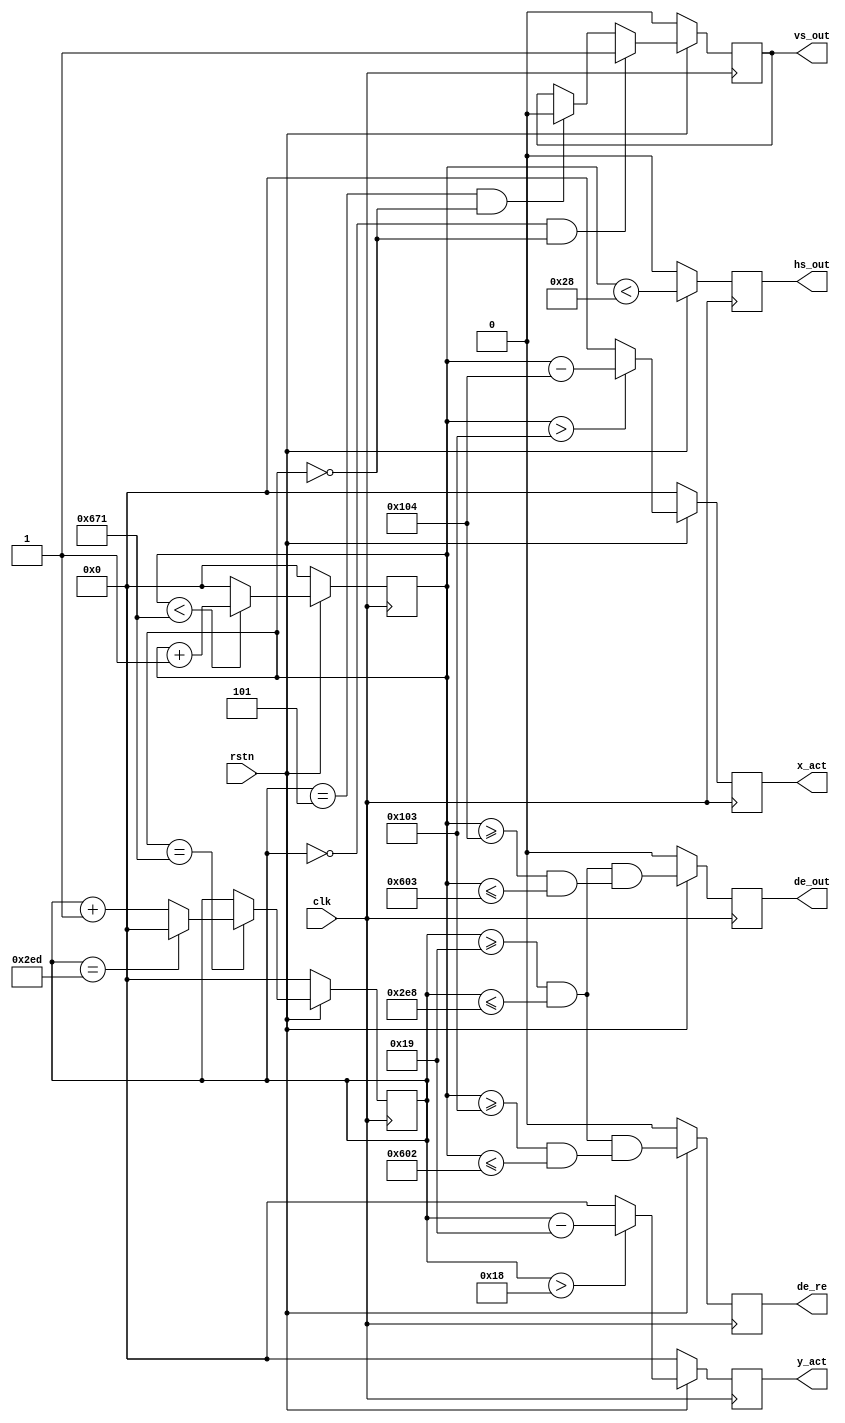
`timescale 1ns / 1ps
//////////////////////////////////////////////////////////////////////////////////
// Company: Myminieye
// 
// Design Name:  
// Module Name:    sync_vg
// QQ Group   :    808770961
// Project Name: 
// Target Devices: Gowin
// Tool Versions: 
// Description: 
// 
// Dependencies: 
//    VS     ______                                       ______
//HS  __    |      |___________________________________|      |
//   |       h_sync  h_bp       h_act                h_fp
//   |__                    _______________________
//DE    |   _______________|                       |_____________
//      |
//      .
//      |
//    __|
//   |  
//   |__ 
//      |
// Revision: v1.0
// Revision 0.01 - File Created
// Additional Comments:
// 
//////////////////////////////////////////////////////////////////////////////////
`define UD #1

module sync_vg # (
    parameter X_BITS=12                ,
    parameter Y_BITS=12                ,
 //MODE_1080p
    parameter V_TOTAL = 12'd750       ,
    parameter V_FP = 12'd5             ,
    parameter V_BP = 12'd20            ,
    parameter V_SYNC = 12'd5           ,
    parameter V_ACT = 12'd720         ,
    parameter H_TOTAL = 12'd1650       ,
    parameter H_FP = 12'd110            ,
    parameter H_BP = 12'd220           ,
    parameter H_SYNC = 12'd40          ,
    parameter H_ACT = 12'd1280         ,
    parameter HV_OFFSET = 12'd0 
)(
    input                   clk,
    input                   rstn,
    output reg              vs_out,
    output reg              hs_out,
    output reg              de_out,
    output reg              de_re,
    output reg [X_BITS-1:0] x_act,
    output reg [Y_BITS-1:0] y_act
);

    reg [X_BITS-1:0] h_count;
    reg [Y_BITS-1:0] v_count;
    
    /* horizontal counter */
    always @(posedge clk)
    begin
        if (!rstn)
            h_count <= `UD 0;
        else
        begin
            if (h_count < H_TOTAL - 1)
                h_count <= `UD h_count + 1;
            else
                h_count <= `UD 0;
        end
    end
    
    /* vertical counter */
    always @(posedge clk)
    begin
        if (!rstn)
            v_count <= `UD 0;
        else
        if (h_count == H_TOTAL - 1)
        begin
            if (v_count == V_TOTAL - 1)
                v_count <= `UD 0;
            else
                v_count <= `UD v_count + 1;
        end
    end
    
    always @(posedge clk)
    begin
        if (!rstn)
            hs_out <= `UD 4'b0;
        else 
            hs_out <= `UD ((h_count < H_SYNC));
    end
    
    always @(posedge clk)
    begin
        if (!rstn)
            vs_out <= `UD 4'b0;
        else 
        begin
            if ((v_count == 0) && (h_count == HV_OFFSET))
                vs_out <= `UD 1'b1;
            else if ((v_count == V_SYNC) && (h_count == HV_OFFSET))
                vs_out <= `UD 1'b0;
            else
                vs_out <= `UD vs_out;
        end
    end
//   //MODE_1080p
//    parameter V_TOTAL = 12'd1125       ,
//    parameter V_FP = 12'd4             ,
//    parameter V_BP = 12'd36            ,
//    parameter V_SYNC = 12'd5           ,
//    parameter V_ACT = 12'd1080         ,
//    parameter H_TOTAL = 12'd2200       ,
//    parameter H_FP = 12'd88            ,
//    parameter H_BP = 12'd148           ,
//    parameter H_SYNC = 12'd44          ,
//    parameter H_ACT = 12'd1920         ,
//    parameter HV_OFFSET = 12'd0   
    always @(posedge clk)
    begin
        if (!rstn)
            de_out <= `UD 4'b0;
        else
            de_out <= (((v_count >= V_SYNC + V_BP) && (v_count <= V_TOTAL - V_FP - 1)) && 
                      ((h_count >= H_SYNC + H_BP) && (h_count <= H_TOTAL - H_FP - 1)));
    end
//////MODE_640*480p 
//    parameter V_TOTAL_RE = 12'd525;
//    parameter V_FP_RE = 12'd2;//
//    parameter V_BP_RE = 12'd25;//
//    parameter V_SYNC_RE = 12'd2;//
//    parameter V_ACT_RE = 12'd480;//
//
//    parameter H_TOTAL_RE = 12'd800;
//    parameter H_FP_RE = 12'd8;//
//    parameter H_BP_RE = 12'd40;//
//    parameter H_SYNC_RE = 12'd96;//
//    parameter H_ACT_RE = 12'd640;//
////MODE_1024*768p 
//    parameter V_TOTAL_RE = 12'd806;
//    parameter V_FP_RE = 12'd3;//
//    parameter V_BP_RE = 12'd29;//
//    parameter V_SYNC_RE = 12'd6;//
//    parameter V_ACT_RE = 12'd768;//
//
//    parameter H_TOTAL_RE = 12'd1344;
//    parameter H_FP_RE = 12'd24;//
//    parameter H_BP_RE = 12'd160;//
//    parameter H_SYNC_RE = 12'd136;//
//    parameter H_ACT_RE = 12'd1024;//
  //MODE_720p 
    parameter V_TOTAL_RE = 12'd750;
    parameter V_FP_RE = 12'd5;
    parameter V_BP_RE = 12'd20;
    parameter V_SYNC_RE = 12'd5;
    parameter V_ACT_RE = 12'd720;
    parameter H_TOTAL_RE = 12'd1650;
    parameter H_FP_RE = 12'd110;
    parameter H_BP_RE = 12'd220;
    parameter H_SYNC_RE = 12'd40;//260
    parameter H_ACT_RE = 12'd1280;
    parameter HV_OFFSET_RE = 12'd0;

    always @(posedge clk)
    begin
        if (!rstn)
            de_re <= `UD 4'b0;
        else//192<(h_count:1152)<2111;     41<(v_count:581)<1120  
            de_re <= (((v_count >= V_SYNC + V_BP) && (v_count <= V_TOTAL - V_FP - 1)) && 
                      ((h_count >= H_SYNC + H_BP-1) && (h_count <= H_TOTAL - H_FP -2)));//1280*720P//1280*720P
//
//(((h_count >= 640)&&(h_count <= 1664))&&((v_count >=197)&&(v_count <= 965)));//1024*768P
//(((h_count >= 832)&&(h_count <= 1471))&&((v_count >=341)&&(v_count <= 820)));//640*480P
    end    
    // active pixels counter output
    always @(posedge clk)
    begin
        if (!rstn)
            x_act <= `UD 'd0;
        else 
        begin
        /* X coords C for a backend pattern generator */
            if(h_count > (H_SYNC + H_BP - 1'b1))
                x_act <= `UD (h_count - (H_SYNC + H_BP));
            else
                x_act <= `UD 'd0;
        end
    end
    
    always @(posedge clk)
    begin
        if (!rstn)
            y_act <= `UD 'd0;
        else 
        begin
            /* Y coords C for a backend pattern generator */
            if(v_count > (V_SYNC + V_BP - 1'b1))
                y_act <= `UD (v_count - (V_SYNC + V_BP));
            else
                y_act <= `UD 'd0;
        end
    end
    
endmodule